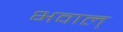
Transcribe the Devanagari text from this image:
भवाल्